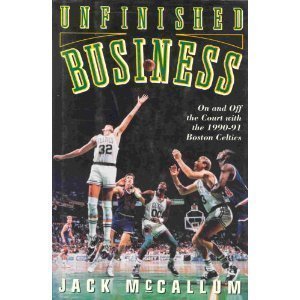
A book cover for Unfinished Business: On and Off the Court With the 1990-91 Boston Celtics; Jack McCallum; Sports & Outdoors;